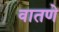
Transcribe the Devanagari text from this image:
वातणे